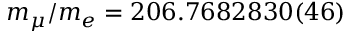
m _ { \mu } / m _ { e } = 2 0 6 . 7 6 8 2 8 3 0 ( 4 6 )